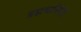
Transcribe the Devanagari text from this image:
ब्रह्मचारिणी।